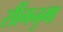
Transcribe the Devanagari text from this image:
सींगनुमा